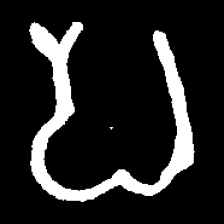
Pyu character \u2014 Myanmar letter: ပ (romanized: pa)